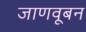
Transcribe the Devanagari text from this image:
जाणवूबन